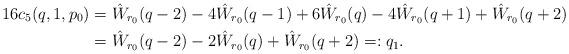
LaTeX: \begin{align*}16c_5(q,1,p_0) &= \hat W_{r_0}(q-2) - 4 \hat W_{r_0}(q-1) + 6\hat W_{r_0}(q) - 4\hat W_{r_0}(q+1) + \hat W_{r_0}(q+2)\\&= \hat W_{r_0}(q-2)-2\hat W_{r_0}(q)+\hat W_{r_0}(q+2) = :q_1.\end{align*}